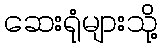
ဆေးရုံများသို့